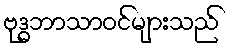
ဗုဒ္ဓဘာသာဝင်များသည်